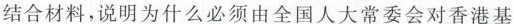
结合材料，说明为什么必须由全国人大常委会对香港基